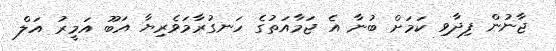
ޖާނުން ފިދާވި ކަމަށް ބުނާ އެ ޖަމާއަތުގެ ހަނގުރާމަވެރިޔާ އަބޫ އަމީރު އަލް